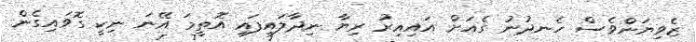
ޒެވިޔަންވެސް ހެނދުނު ގެއަށް އައިއިރު ރިޔާ ނިދާލައިފައި އޮތީމަ އޭނަ ނިކީ ގޮވައިގެން